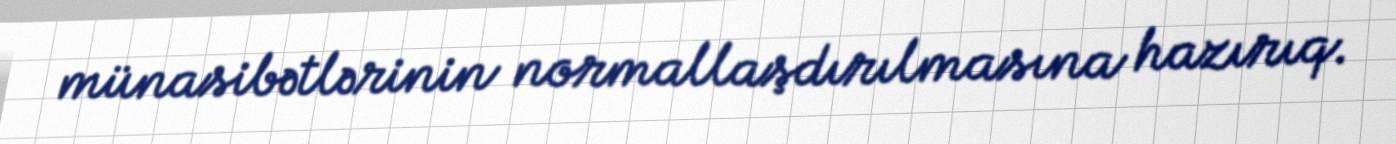
münasibətlərinin normallaşdırılmasına hazırıq.